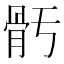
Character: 𩨗